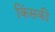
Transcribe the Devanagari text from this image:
किंसकी